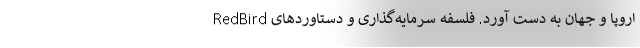
اروپا و جهان به دست آورد. فلسفه سرمایه‌گذاری و دستاوردهای RedBird